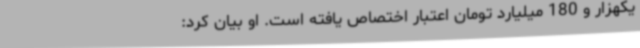
یکهزار و 180 میلیارد تومان اعتبار اختصاص یافته است. او بیان کرد: